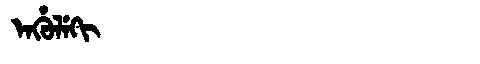
Manchu: ᡝᠨᡥᡠᠯᡝᡴᡳ
Romanization: ENHULEKI